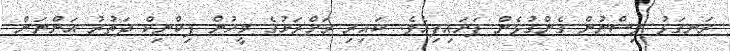
ރަނގަޅު ވިސްނުން ގެންގުޅެން ފަށައިފިއެވެ. ކައިރި ރަށްރަށުގެ މީހުން ޕިކްނިކް ދަތުރު އަންނަން